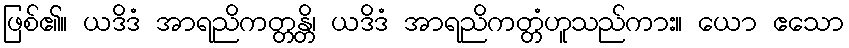
ဖြစ်၏။ ယဒိဒံ အာရညိကတ္တန္တိ၊ ယဒိဒံ အာရညိကတ္တံဟူသည်ကား။ ယော ဧသော